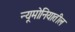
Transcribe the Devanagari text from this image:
न्यूमोनियातील